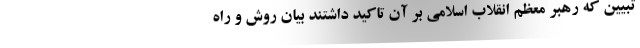
تبیین که رهبر معظم انقلاب اسلامی بر آن تاکید داشتند بیان روش و راه